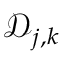
\boldsymbol { \mathcal { D } } _ { j , \boldsymbol { k } }